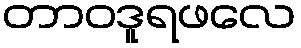
တာဝဒူရဖလေ